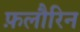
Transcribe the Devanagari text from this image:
फ़लौरिन